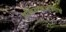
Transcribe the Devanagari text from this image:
प्रक्रियाकारांप्रमाणे